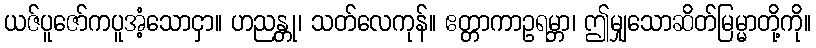
ယဇ်ပူဇော်ကပူအံ့သောငှာ။ ဟညန္တု၊ သတ်လေကုန်။ ဧတ္တာကာဥရမ္ဘာ၊ ဤမျှသောဆိတ်မြမ္မာတို့ကို။